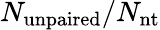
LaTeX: N_{\mathrm{unpaired}}/N_{\mathrm{nt}}